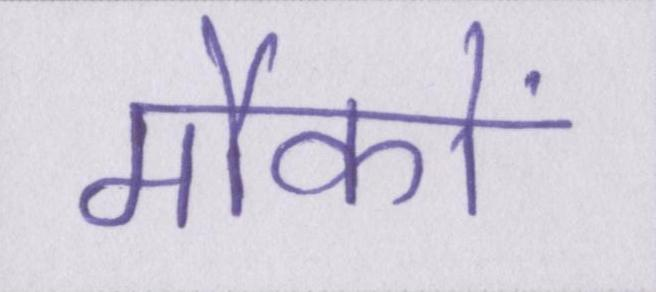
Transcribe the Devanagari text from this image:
मौकों